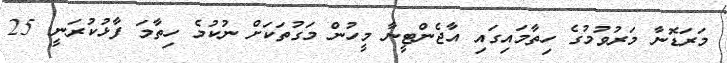
މަރަޑޮނާ މަރުވުމުގެ ހިތާމައިގައި އާޖެންޓީނާ މީހުން މަގުތަކަށް ނުކުމެ ހިތާމަ ފާޅުކުރަނީ. 25